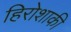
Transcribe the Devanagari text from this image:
हिरोशाकी